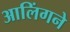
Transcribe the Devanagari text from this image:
आलिंगने